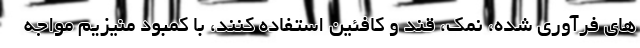
های فرآوری شده، نمک، قند و کافئین استفاده کنند، با کمبود منیزیم مواجه